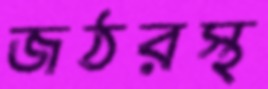
জঠরস্থ